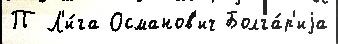
П Л'и́га Османов'ич Болга́р'иjа